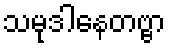
သမုဒါနေတဗ္ဗာ